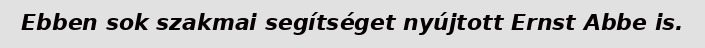
Ebben sok szakmai segítséget nyújtott Ernst Abbe is.